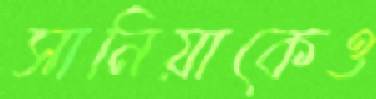
সানিয়াকেও